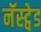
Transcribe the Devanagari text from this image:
नॅस्ट्वेड